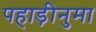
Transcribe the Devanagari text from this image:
पहाड़ीनुमा